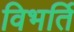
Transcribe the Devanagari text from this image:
विभर्ति